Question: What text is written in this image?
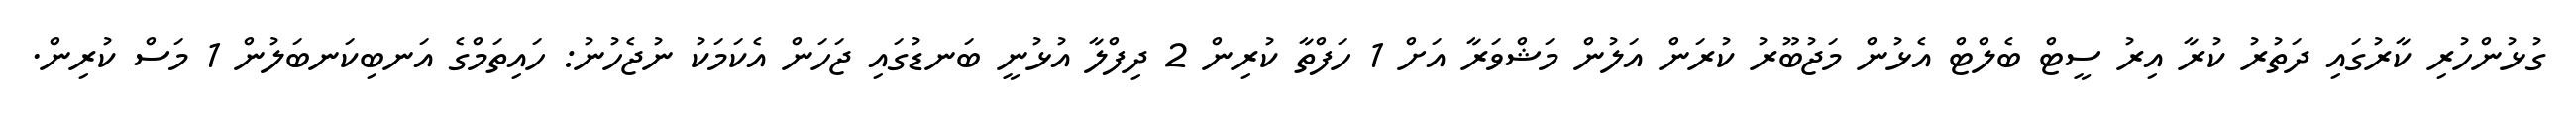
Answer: ގުޅުންހުރި ކާރުގައި ދަތުރު ކުރާ އިރު ސީޓް ބެލްޓް އެޅުން މަޖުބޫރު ކުރަން އަލުން މަޝްވަރާ އަށް 1 ހަފްތާ ކުރިން 2 ދިފްލާ އުޅުނީ ބަނޑުގައި ޖަހަން އެކަމަކު ނުޖެހުނު: ހައިތަމްގެ އަނބިކަނބަލުން 1 މަސް ކުރިން.